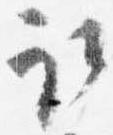
取